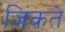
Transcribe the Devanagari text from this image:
जिंकते